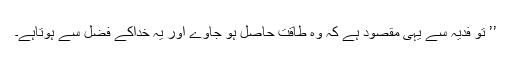
’’ تو فدیہ سے یہی مقصود ہے کہ وہ طاقت حاصل ہو جاوے اور یہ خداکے فضل سے ہوتاہے۔